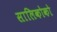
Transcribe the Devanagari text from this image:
सालिकोको